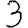
Digit: 3